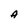
Character: A